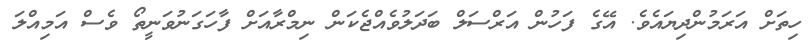
ހިތަށް އަރަމުންދިޔައެވެ. އޭގެ ފަހުން އަރްސަލް ބަދަލުވެއްޖެކަން ނިމްރާއަށް ފާހަގަނުވަނީތޯ ވެސް އަމިއްލަ